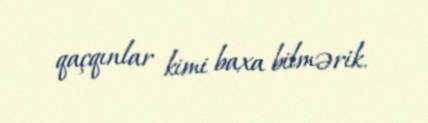
qaçqınlar kimi baxa bilmərik.